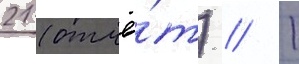
21 (отчё́т) // 1